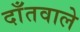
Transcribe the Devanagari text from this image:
दाँतवाले